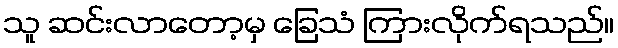
သူ ဆင်းလာတော့မှ ခြေသံ ကြားလိုက်ရသည်။